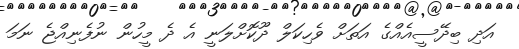
އަދި ބިދޭސީއެއްގެ އަތަށް ވެހިކަލް ދޫކޮށްލަނީ އެ ދެ މީހުން ނުފެނިއްޖެ ނަމަ